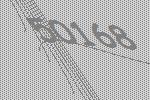
50168